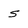
Character: s